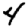
Digit: 4